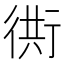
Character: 衖